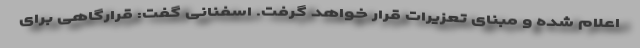
اعلام شده و مبنای تعزیرات قرار خواهد گرفت. اسفنانی گفت: قرارگاهی برای